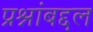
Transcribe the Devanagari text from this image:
प्रश्नांबद्दल